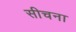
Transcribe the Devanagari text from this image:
सीचना